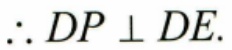
\(\therefore DP\perp DE\).